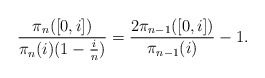
\begin{align*} \frac{\pi_n([0,i])}{\pi_n(i)(1-\frac{i}{n})}=\frac{2\pi_{n-1}([0,i])}{\pi_{n-1}(i)}-1.\end{align*}